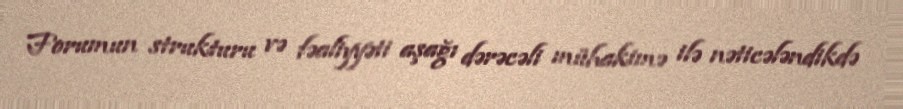
Forumun strukturu və fəaliyyəti aşağı dərəcəli mühakimə ilə nəticələndikdə